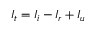
I _ { t } = I _ { i } - I _ { r } + I _ { u }